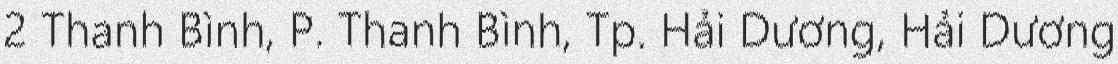
2 Thanh Bình, P. Thanh Bình, Tp. Hải Dương, Hải Dương